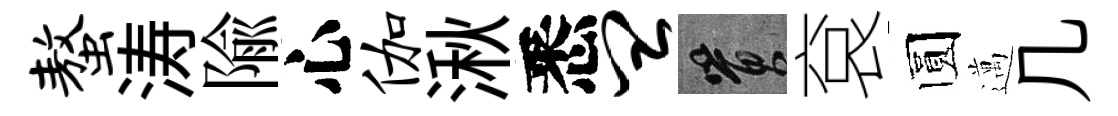
螯涛隃心伽湫悉皿篔袞圆邁几